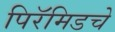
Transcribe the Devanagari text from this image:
पिरॅमिडचे